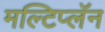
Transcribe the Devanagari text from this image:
मल्टिप्लॅन